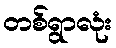
တစ်ရွာလုံး